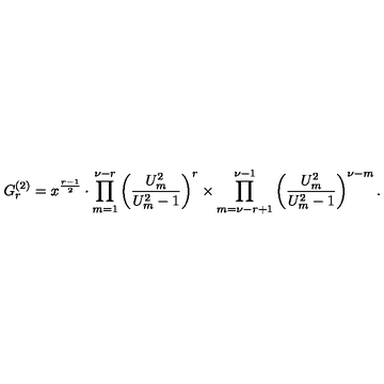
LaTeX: G _ { r } ^ { ( 2 ) } = x ^ { \frac { r - 1 } { 2 } } \cdot \prod _ { m = 1 } ^ { \nu - r } \left( \frac { U _ { m } ^ { 2 } } { U _ { m } ^ { 2 } - 1 } \right) ^ { r } \times \prod _ { m = \nu - r + 1 } ^ { \nu - 1 } \left( \frac { U _ { m } ^ { 2 } } { U _ { m } ^ { 2 } - 1 } \right) ^ { \nu - m } .